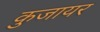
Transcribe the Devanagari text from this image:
कुजायर